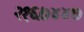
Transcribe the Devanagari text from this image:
२१६७४४७